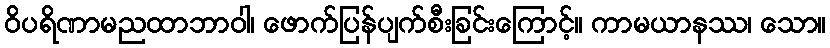
ဝိပရိဏာမညထာဘာဝါ၊ ဖောက်ပြန်ပျက်စီးခြင်းကြောင့်။ ကာမယာနဿ၊ သော။